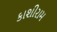
કાશીરામ